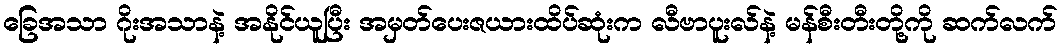
ခြေအသာ ဂိုးအသာနဲ့ အနိုင်ယူပြီး အမှတ်ပေးဇယားထိပ်ဆုံးက လီဗာပူးလ်နဲ့ မန်စီးတီးတို့ကို ဆက်လက်